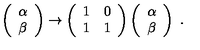
\left( \begin{array} { c } { \alpha } \\ { \beta } \\ \end{array} \right) \to \left( \begin{array} { r r } { 1 } & { 0 } \\ { 1 } & { 1 } \\ \end{array} \right) \left( \begin{array} { c } { \alpha } \\ { \beta } \\ \end{array} \right) \ .